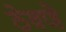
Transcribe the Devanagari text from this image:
ठेवणेे